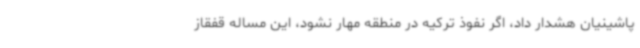
پاشینیان هشدار داد، اگر نفوذ ترکیه در منطقه مهار نشود، این مساله قفقاز